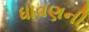
ધાવણની